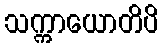
သက္ကာယောတိပိ